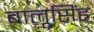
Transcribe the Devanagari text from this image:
बालूसिंह